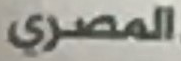
المصري